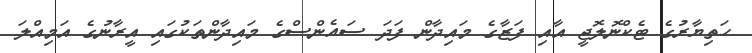
ހަތިޔާރުގެ ޓެކްނޮލޮޖީ އާއި ފަޒާގެ މައިދާން ފަދަ ސައެންސްގެ މައިދާންތަކުގައި އީރާނުގެ އަމިއްލަ